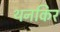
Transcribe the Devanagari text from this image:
थनकिर